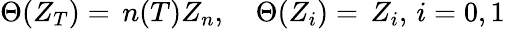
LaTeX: \Theta(Z_{T})=\, n(T)Z_{n},\quad\Theta(Z_{i})=\, Z_{i},\, i=0,1